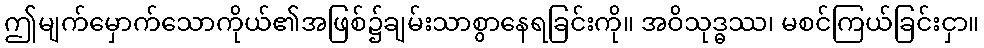
ဤမျက်မှောက်သောကိုယ်၏အဖြစ်၌ချမ်းသာစွာနေရခြင်းကို။ အဝိသုဒ္ဓဿ၊ မစင်ကြယ်ခြင်းငှာ။